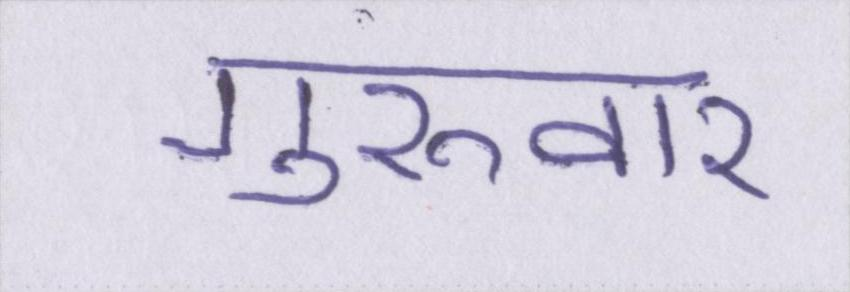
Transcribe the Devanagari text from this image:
गुरूवार